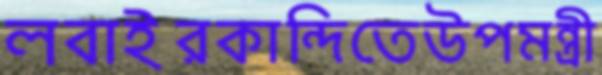
লবাইরকান্দিতেউপমন্ত্রী